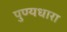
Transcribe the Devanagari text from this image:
पुण्यधारा